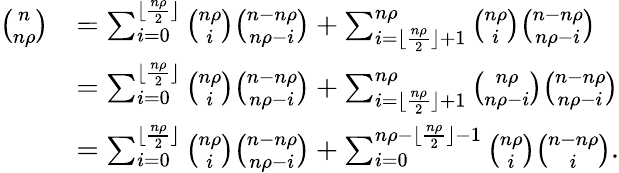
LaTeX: \begin{array}{rl}{{\binom{n}{n\rho}}}&{=\sum_{i=0}^{\lfloor\frac{n\rho}{2}\rfloor}{\binom{n\rho}{i}}{\binom{n-n\rho}{n\rho-i}}+\sum_{i=\lfloor\frac{n\rho}{2}\rfloor+1}^{{n\rho}}{\binom{n\rho}{i}}{\binom{n-n\rho}{n\rho-i}}}\\ &{=\sum_{i=0}^{\lfloor\frac{n\rho}{2}\rfloor}{\binom{n\rho}{i}}{\binom{n-n\rho}{n\rho-i}}+\sum_{i=\lfloor\frac{n\rho}{2}\rfloor+1}^{{n\rho}}{\binom{n\rho}{n\rho-i}}{\binom{n-n\rho}{n\rho-i}}}\\ &{=\sum_{i=0}^{\lfloor\frac{n\rho}{2}\rfloor}{\binom{n\rho}{i}}{\binom{n-n\rho}{n\rho-i}}+\sum_{i=0}^{n\rho-\lfloor\frac{n\rho}{2}\rfloor-1}{\binom{n\rho}{i}}{\binom{n-n\rho}{i}}.}\end{array}